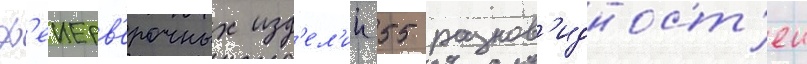
ф'еиерв'ерочных изд'ел'ии 55 разнов'идност'еи